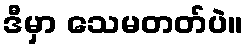
ဒီမှာ သေမတတ်ပဲ။